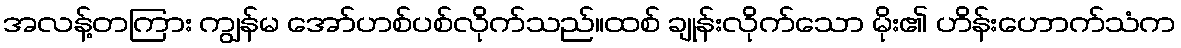
အလန့်တကြား ကျွန်မ အော်ဟစ်ပစ်လိုက်သည်။ထစ် ချုန်းလိုက်သော မိုး၏ ဟိန်းဟောက်သံက